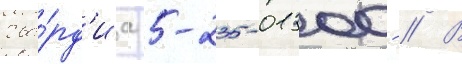
гва́рд'иа 5-235-01300- // В